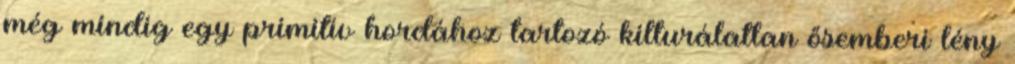
még mindig egy primitív hordához tartozó kilturálatlan ősemberi lény